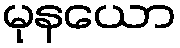
မုနယော